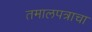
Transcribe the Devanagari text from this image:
तमालपत्राचा